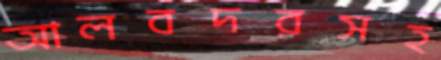
আলবদরসহ